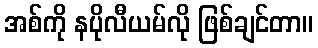
အစ်ကို နပိုလီယမ်လို ဖြစ်ချင်တာ။